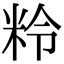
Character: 𥹕